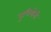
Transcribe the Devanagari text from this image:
गुचियोनी